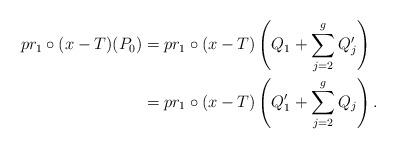
LaTeX: \begin{align*}pr_1\circ(x-T)(P_0)&=pr_1\circ(x-T)\left(Q_1+\sum_{j=2}^gQ_j'\right)\\&=pr_1\circ(x-T)\left(Q_1'+\sum_{j=2}^gQ_j\right).\end{align*}